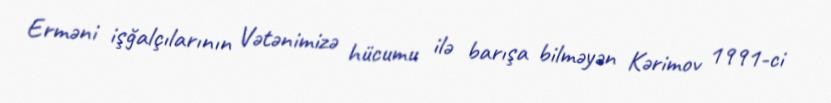
Erməni işğalçılarının Vətənimizə hücumu ilə barışa bilməyən Kərimov 1991-ci